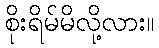
စိုးရိမ်မိလို့လား။